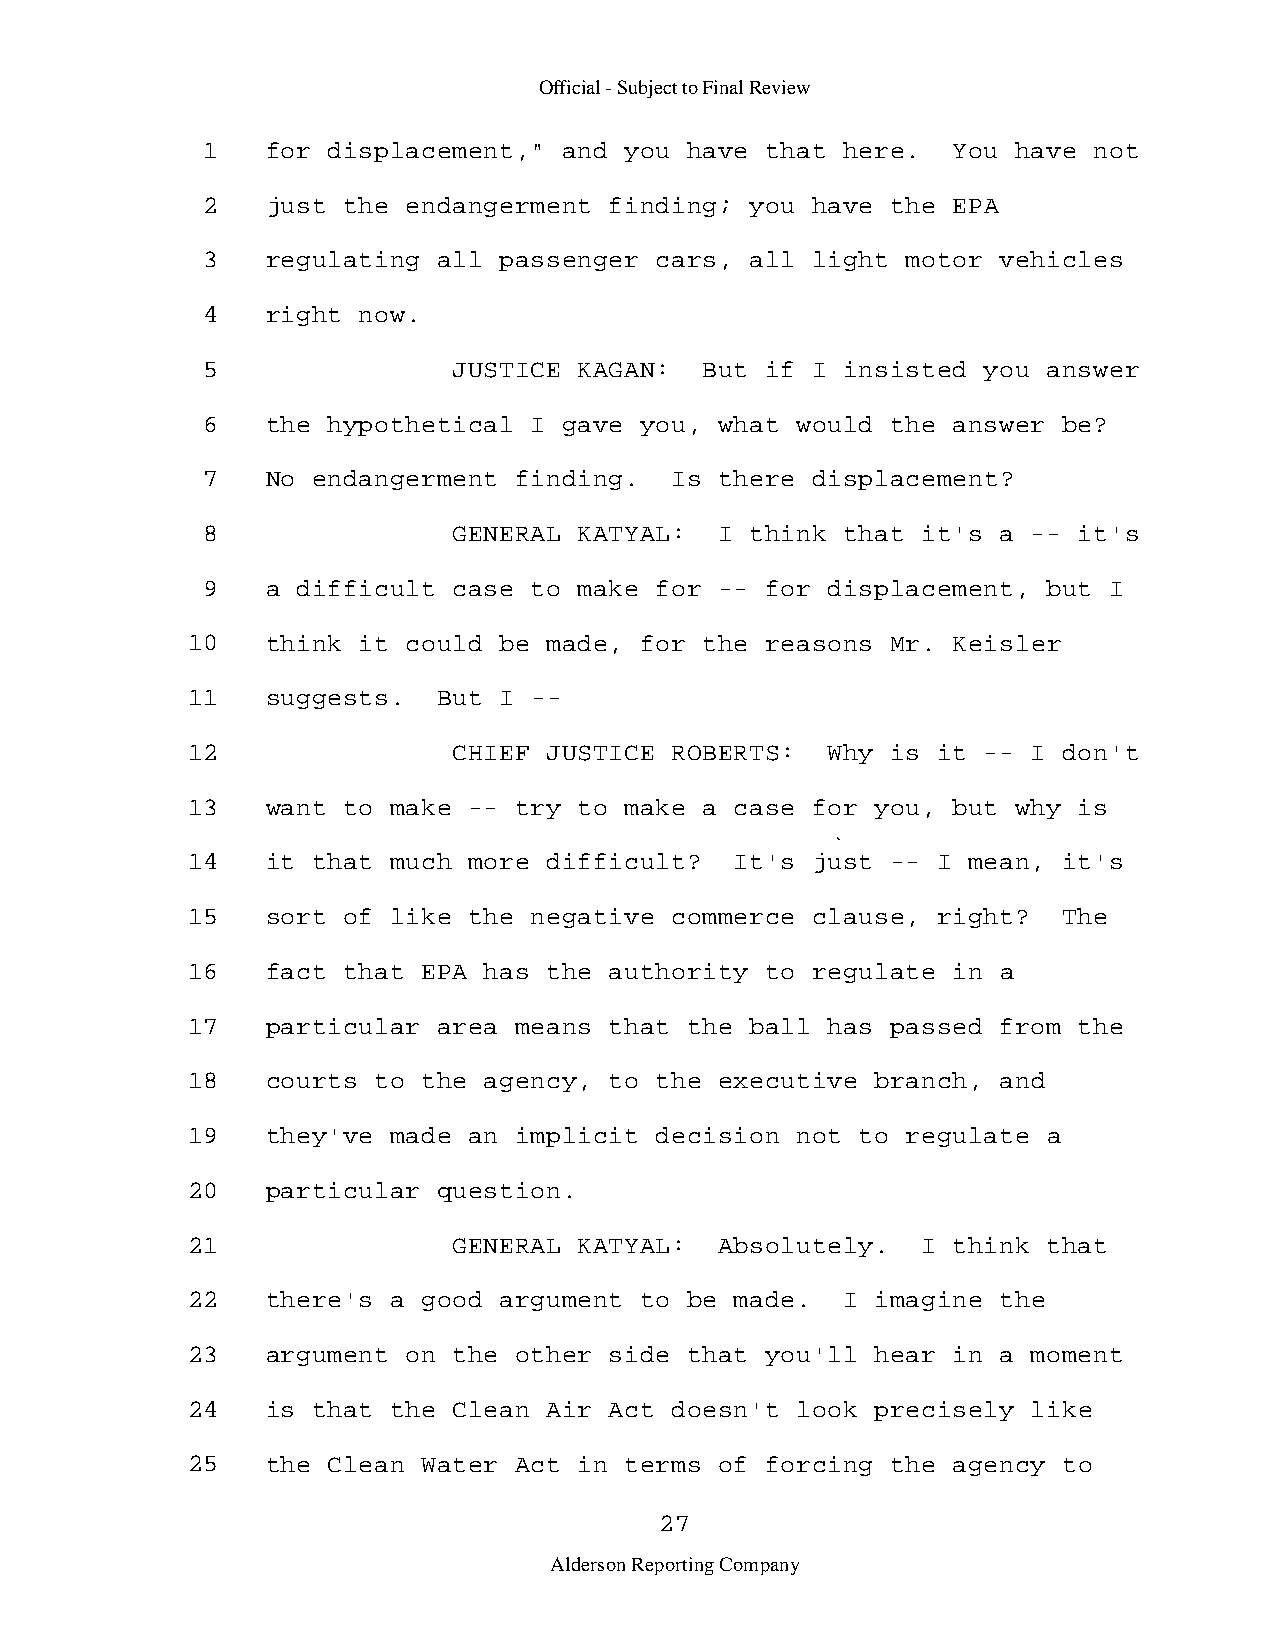
Official - Subject to Final Review
 1    for displacement," and you  have that here.  You have not
 2    just the endangerment finding;  you have the EPA
 3    regulating all passenger cars,  all light motor vehicles
 4    right now.
 5                JUSTICE KAGAN:   But if I insisted you answer
 6    the hypothetical I gave you,  what would the answer be?
 7    No endangerment finding.  Is  there displacement?
 8                GENERAL KATYAL:   I think that it's a -- it's
 9    a difficult case to make for  -- for displacement, but I
 10    think it could be made, for  the reasons Mr. Keisler
 11    suggests.  But I -­
 12                CHIEF JUSTICE ROBERTS:   Why is it -- I don't
 13    want to make -- try to make  a case for you, but why is
 14    it that much more difficult?   It's just -- I mean, it's
 15    sort of like the negative commerce  clause, right?  The
 16    fact that EPA has the authority  to regulate in a
 17    particular area means that  the ball has passed from the
 18    courts to the agency, to the  executive branch, and
 19    they've made an implicit decision  not to regulate a
 20    particular question.
 21                GENERAL KATYAL:   Absolutely.  I think that
 22    there's a good argument to  be made.  I imagine the
 23    argument on the other side  that you'll hear in a moment
 24    is that the Clean Air Act doesn't  look precisely like
 25    the Clean Water Act in terms  of forcing the agency to
 27
 Alderson Reporting Company